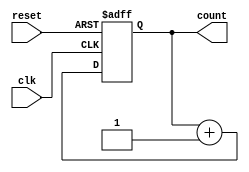
module counter (
    input wire clk,
    input wire reset,
    output reg [7:0] count
);

always @(posedge clk or posedge reset) begin
    if (reset) begin
        count <= 8'h00;
    end else begin
        count <= count + 1;
    end
end

endmodule